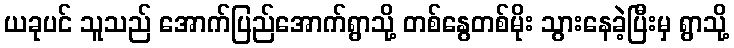
ယခုပင် သူသည် အောက်ပြည်အောက်ရွာသို့ တစ်နွေတစ်မိုး သွားနေခဲ့ပြီးမှ ရွာသို့